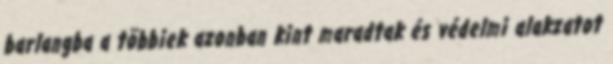
barlangba a többiek azonban kint maradtak és védelmi alakzatot